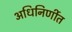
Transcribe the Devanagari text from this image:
अधिनिर्णीत